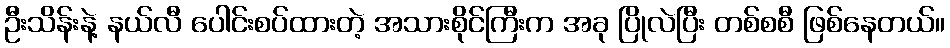
ဦးသိန်းနဲ့ နယ်လီ ပေါင်းစပ်ထားတဲ့ အသားစိုင်ကြီးက အခု ပြိုလဲပြီး တစ်စစီ ဖြစ်နေတယ်။